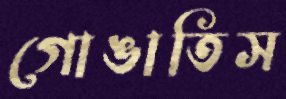
গোঙাতিস